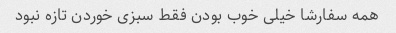
همه سفارشا خیلی خوب بودن فقط سبزی خوردن تازه نبود